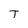
Character: T